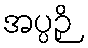
အပ္ပဉှိ